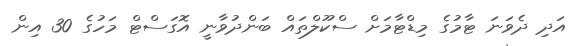
އަދި ދެވަނަ ޓާމުގެ މިޑްޓާމަށް ސްކޫލްތައް ބަންދުވާނީ އޮގަސްޓް މަހުގެ 30 އިން